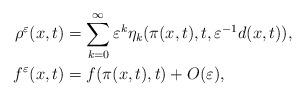
LaTeX: \begin{align*} \begin{aligned} \rho^\varepsilon(x,t) &= \sum_{k=0}^\infty\varepsilon^k\eta_k(\pi(x,t),t,\varepsilon^{-1}d(x,t)), \\ f^\varepsilon(x,t) &= f(\pi(x,t),t)+O(\varepsilon), \end{aligned}\end{align*}